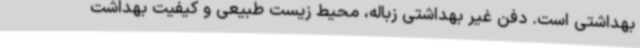
بهداشتی است. دفن غیر بهداشتی زباله، محیط زیست طبیعی و کیفیت بهداشت